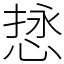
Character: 𫺖